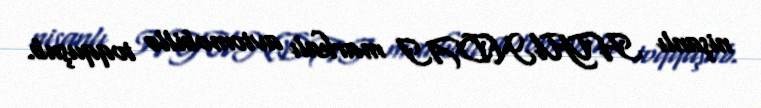
nişanlı HYUNDAI markalı avtomobillə toqquşub.